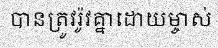
បានត្រូវរ៉ូវគ្នាដោយម្ចាស់